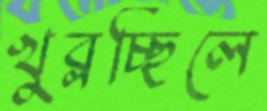
খুব্‌লচ্ছিলে